Civil Veterinary Department. Central Provinces & Berar 1925-31 - 1925-1931
Year: 1925
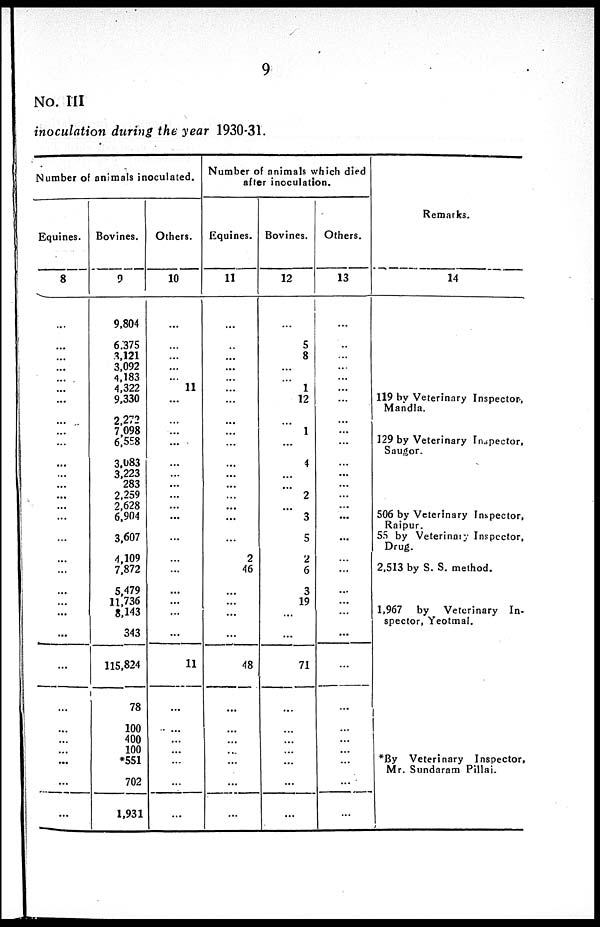
9
No. III
inoculation during the year 1930-31.
Number of animals inoculated.
Equines.
8
...
...
...
...
...
...
...
...
...
...
...
...
...
...
...
...
...
...
...
... ...
...
...
...
...
...
...
...
...
...
Bovines.
9
9,804
6.375
3,121
3,092
4,183
4,322
9,330
2,272
7 098
6,558
3,083
3,223
283
2,259
2,628
6,904
3,607
4,109
7,872
5,479
11,736
8,143
343
115,824
78
100
400
100
*551
702
1,931
Others.
10
...
...
...
...
...
11
...
...
...
...
...
...
...
...
...
...
...
...
...
...
...
...
...
11
...
...
...
...
...
...
...
Number of animals which died
after inoculation.
Equines.
11
...
...
...
...
...
...
...
...
...
...
...
...
...
...
...
...
...
2
46
...
...
...
...
48
...
...
...
...
...
...
...
Bovines.
12
...
5
8
...
...
1
12
...
1
...
4
...
...
2
...
3
5
2
6
3
19
...
...
71
...
...
...
...
...
...
...
Others.
13
...
...
...
...
...
...
...
...
...
...
...
...
...
...
...
...
...
...
...
...
...
...
...
...
...
...
...
...
...
...
...
Remarks.
14
119 by Veterinary Inspector,
Mandla.
129 by Veterinary Inspector,
Saugor.
506 by Veterinary Inspector,
Raipur.
55 by Veterinary Inspector,
Drug.
2,513 by S. S. method.
1,967 by Veterinary In-
spector, Yeotmal.
*By Veterinary Inspector,
Mr. Sundaram Pillai.